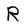
Character: R